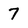
Character: 7